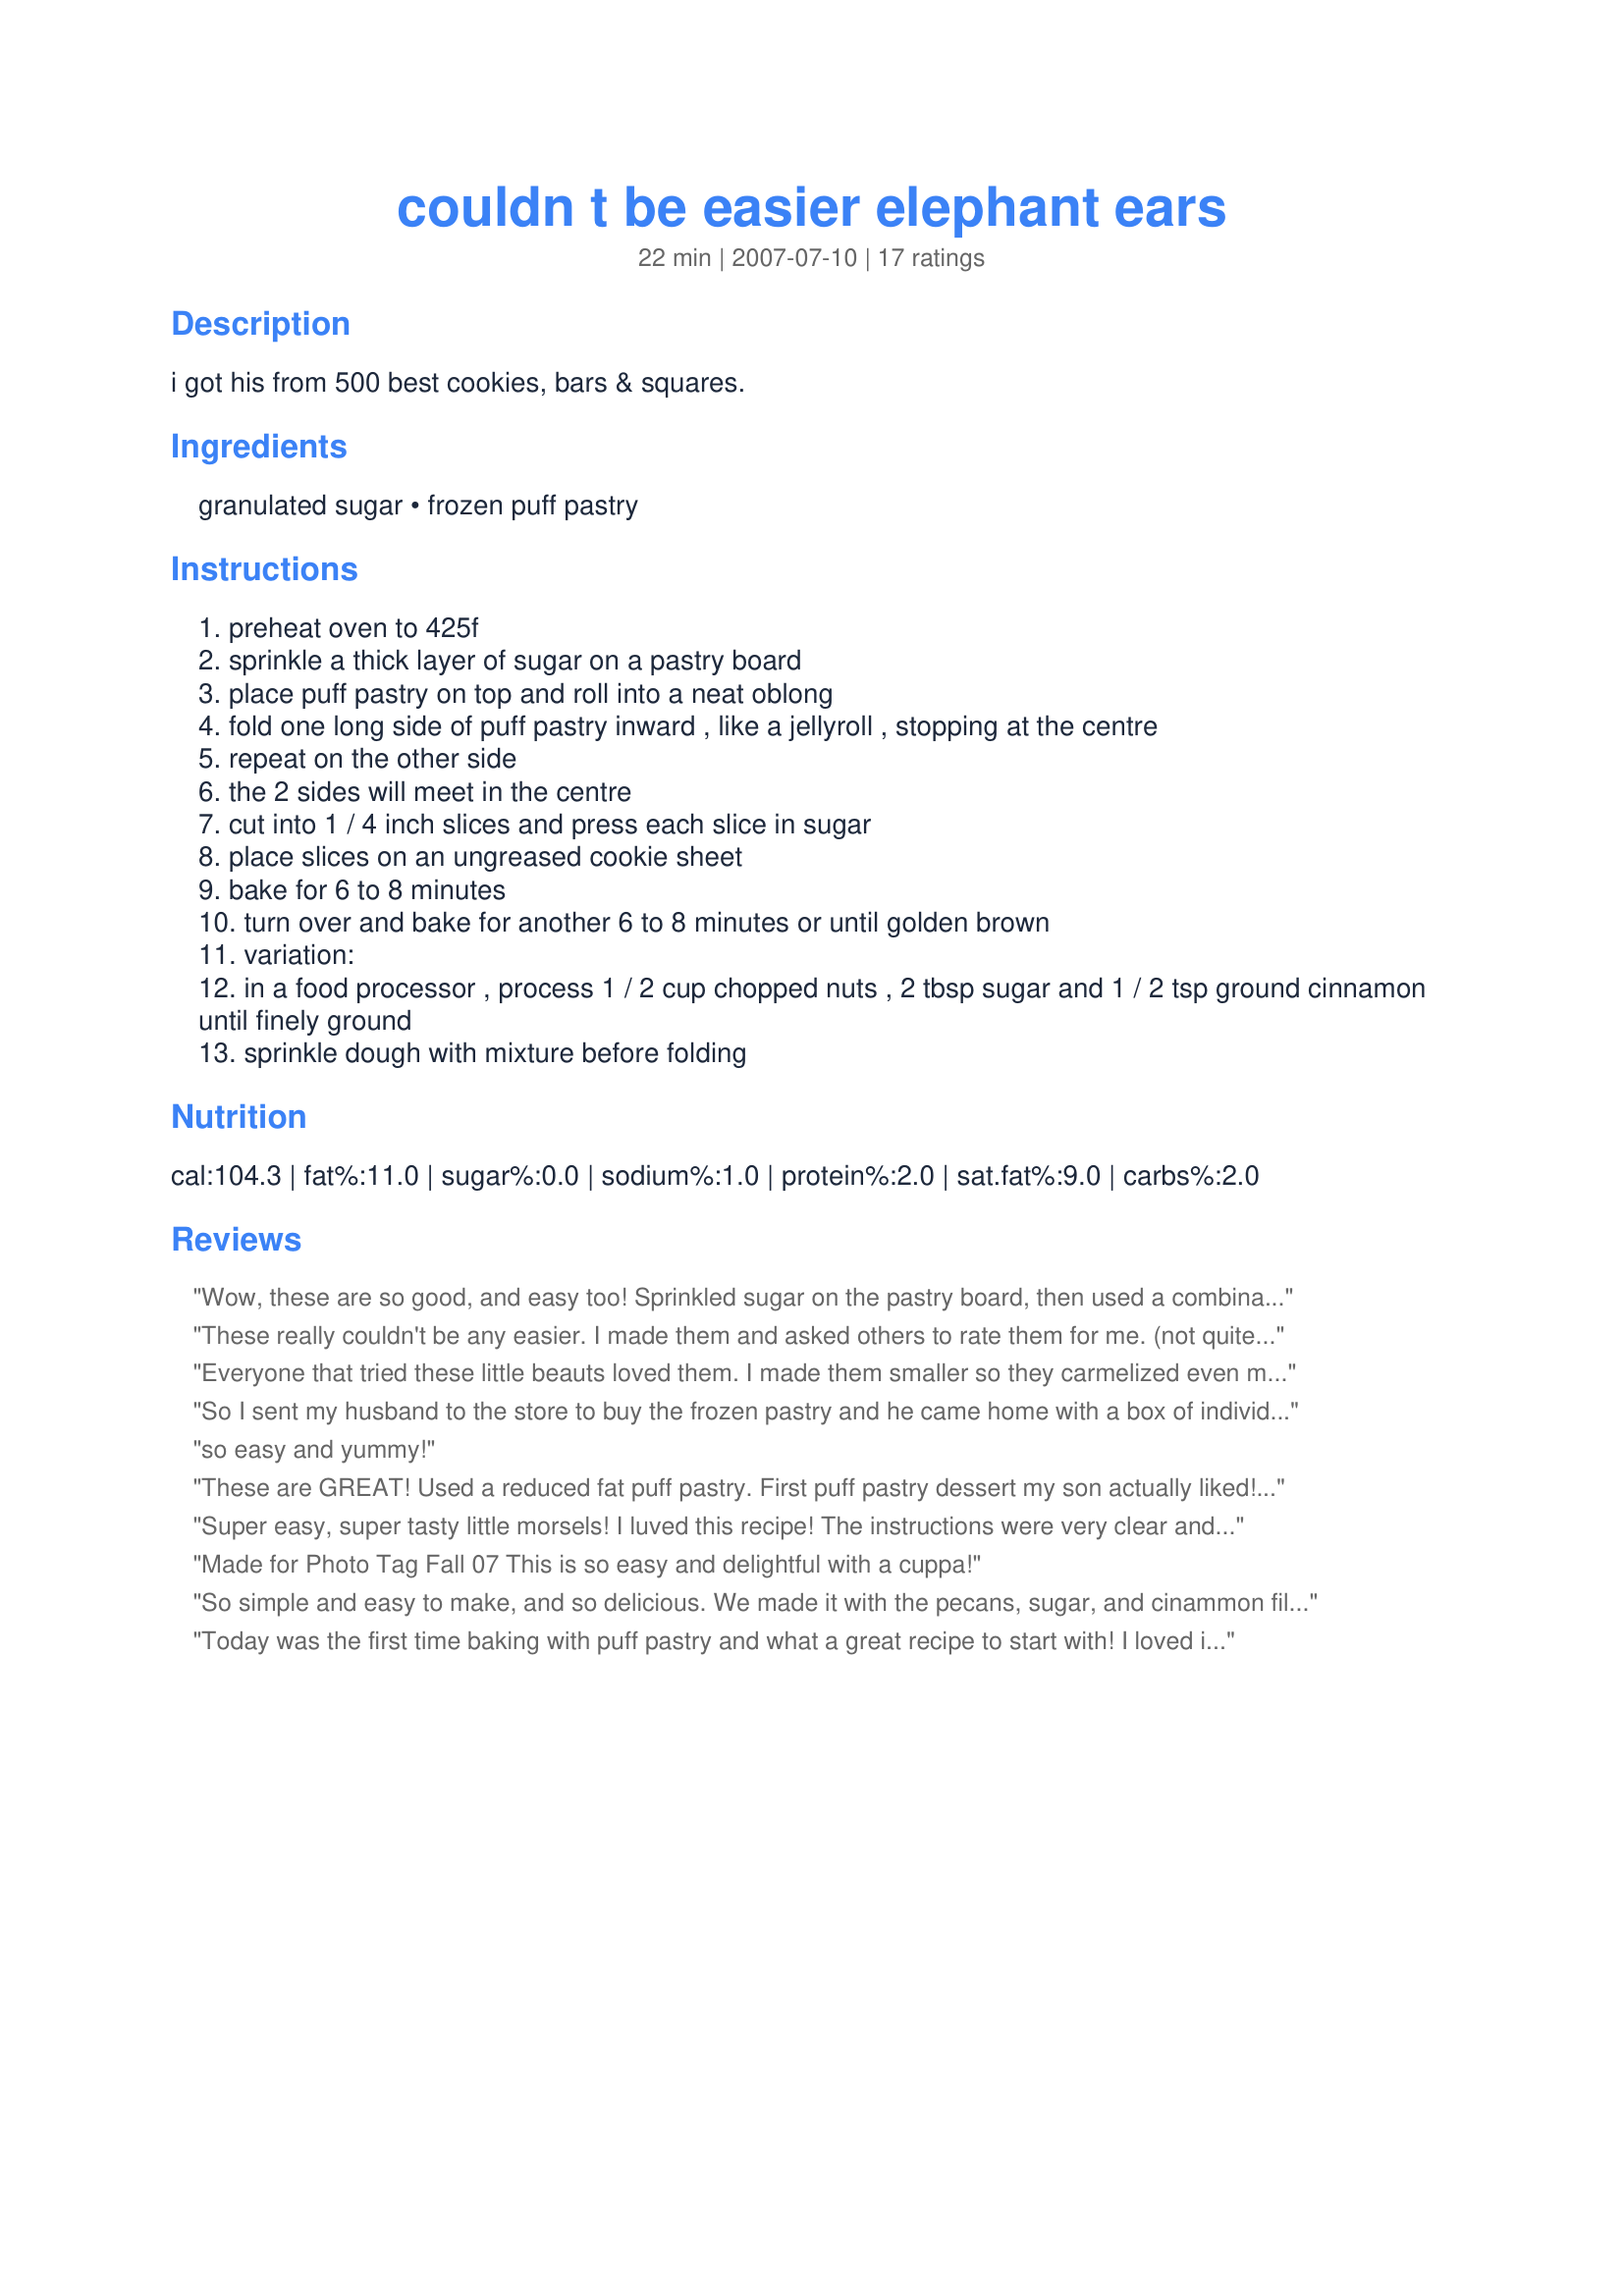
couldn t be easier elephant ears
Preparation time: 22 minutes

i got his from 500 best cookies, bars & squares.

Ingredients:
granulated sugar, frozen puff pastry

Steps:
preheat oven to 425f
sprinkle a thick layer of sugar on a pastry board
place puff pastry on top and roll into a neat oblong
fold one long side of puff pastry inward , like a jellyroll , stopping at the centre
repeat on the other side
the 2 sides will meet in the centre
cut into 1 / 4 inch slices and press each slice in sugar
place slices on an ungreased cookie sheet
bake for 6 to 8 minutes
turn over and bake for another 6 to 8 minutes or until golden brown
variation:
in a food processor , process 1 / 2 cup chopped nuts , 2 tbsp sugar and 1 / 2 tsp ground cinnamon until finely ground
sprinkle dough with mixture before folding

Reviews:
Wow, these are so good, and easy too! Sprinkled sugar on the pastry board, then used a combination of sugar, nuts and cinnamon on the inside. Brushed them lightly with melted butter before baking. YUM!
These really couldn't be any easier. I made them and asked others to rate them for me. (not quite a WW food :-()Rec'd good reviews from everyone. Thanks for posting. This is another one that when I hit a big goal I am going to give myself a treat with. Made for 123 wonders tag game
Everyone that tried these little beauts loved them. I made them smaller so they carmelized even more, the pastries were incredible, sweet, crispy and tender. I added cinnamon to the sugar and rolled both sides of the puff pastry in the sugar mixture. I can't wait to try filling these with finely chopped chocolate macadamian nuts and cinnamon. Thank you so much for sharing this lovely quick, versatile recipe, which I will make again and again.
So I sent my husband to the store to buy the frozen pastry and he came home with a box of individually wrapped little pastry squares. My teenage son had some friends over so I decided to go ahead and make them. I called them Baby Elephant Ears because they came out so small, like little bite size morsels. Because my squares were so small to begin with, I had to cut mine in inch increments and lay them on the cookie sheet with the folded side down. I also used the cinnamon, walnut, sugar filling. The kids loved them! I had to make another batch and they were gone in seconds. It may not be such a bad idea to make them tiny. Anyway, they tasted wonderful and I will be making them again.
so easy and yummy!
These are GREAT! Used a reduced fat puff pastry. First puff pastry dessert my son actually liked! I added pinches of cinnamon to the sugar, didnt have any nuts on hand, but I can see myself making these again with crushed walnuts or pistachios mixed with sugar and orange blosson/rose water. It is easy for a puff pastry dessert to feel really heavy after a couple of bites, these did not ruin my appetite. Lovely recipe, well worth the ratings. Will be using again for sure! Thanx!!
Super easy, super tasty little morsels! I luved this recipe! The instructions were very clear and I didnt have any problems at all with the recipe. I needed to bake my elephant ears (called pigs' ears here in Germany) a tiny bit longer than the stated 8 minutes per side, but I baked them at a lower temperature (400Â°F) and I made them very small so that I got way more than 12 cookies out of the recipe. Thank you so much for sharing, Dreamer! I will be using this recipe often.
Made for Photo Tag Fall 07
This is so easy and delightful with a cuppa!
So simple and easy to make, and so delicious. We made it with the pecans, sugar, and cinammon filling, and brushed the tops with some melted butter before baking. We loved them. Thanks for posting.
Today was the first time baking with puff pastry and what a great recipe to start with! I loved it loved it loved it! I 'm a big fan of fast and easy recipes. I'll try it with vanilla,cinnamon,nuts too. Thank you for introducing me to puff pastry and to a great recipe.
Excellent and so easy! I made these to take over to my granddaughters (4 & 2 yrs) as a special treat when I babysat tonight. They enjoyed two each but asked where the elephant's nose was... *lol* I used demerara sugar and the elephant ears tasted so light with just the right amount of sugar. So easy to make and would be perfect for breakfast or brunch. Definitely will make these again!
WOW! These were just like I remember them as a kid! I added cinnamon with my sugar omitting the nut suggestion. Thanks for the memories! Made for Veg 'N Swap tag!
easy and fun! Used the cinnamon and nut filling.yummmm...
These taste as good as they look! I filled them with chopped walnuts, sugar and cinnamon and brushed them with egg to give them a nice golden colour. Chilling the rolled pastry made them easier to cut
I have made something similar to this in the past so I knew this would be wonderful, I also added in some cinnamon to the sugar, so many things to make with puff pastry and this is a winner, thanks Dreamer!
Lovely little ending to a heavy meal. Loved these! I used demerara sugar, as I had some and wanted to use it up. Worked out wonderfully. :)
I&#039;ve made variations of these lots of times. This time was for Valentine&#039;s Day so I rolled my pastry dough thinner, and folded them to be more of a heart shape.
